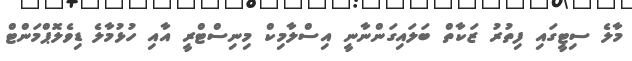
މާލެ ސިޓީގައި ފިތުރު ޒަކާތް ބަލައިގަންނާނީ އިސްލާމިކް މިނިސްޓްރީ އާއި ހުޅުމާލެ ޑިވެލޮޕްމަންޓް